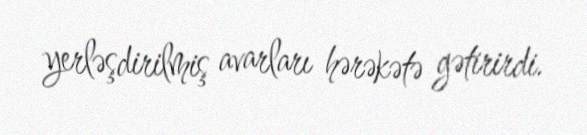
yerləşdirilmiş avarları hərəkətə gətirirdi.